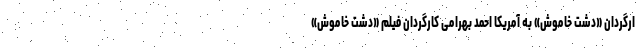
ارگردان «دشت خاموش» به آمریکا احمد بهرامی کارگردان فیلم «دشت خاموش»